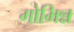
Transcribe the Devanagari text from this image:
गोभिन्न